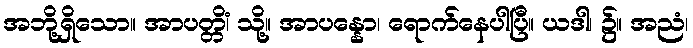
အဘို့ရှိသော။ အာပတ္တိံ၊ သို့။ အာပန္နော၊ ရောက်နေပါပြီ။ ယဒါ၊ ၌။ အညံ၊